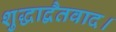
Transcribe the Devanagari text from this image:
शुद्धाद्वैतवाद।